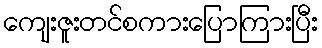
ကျေးဇူးတင်စကားပြောကြားပြီး